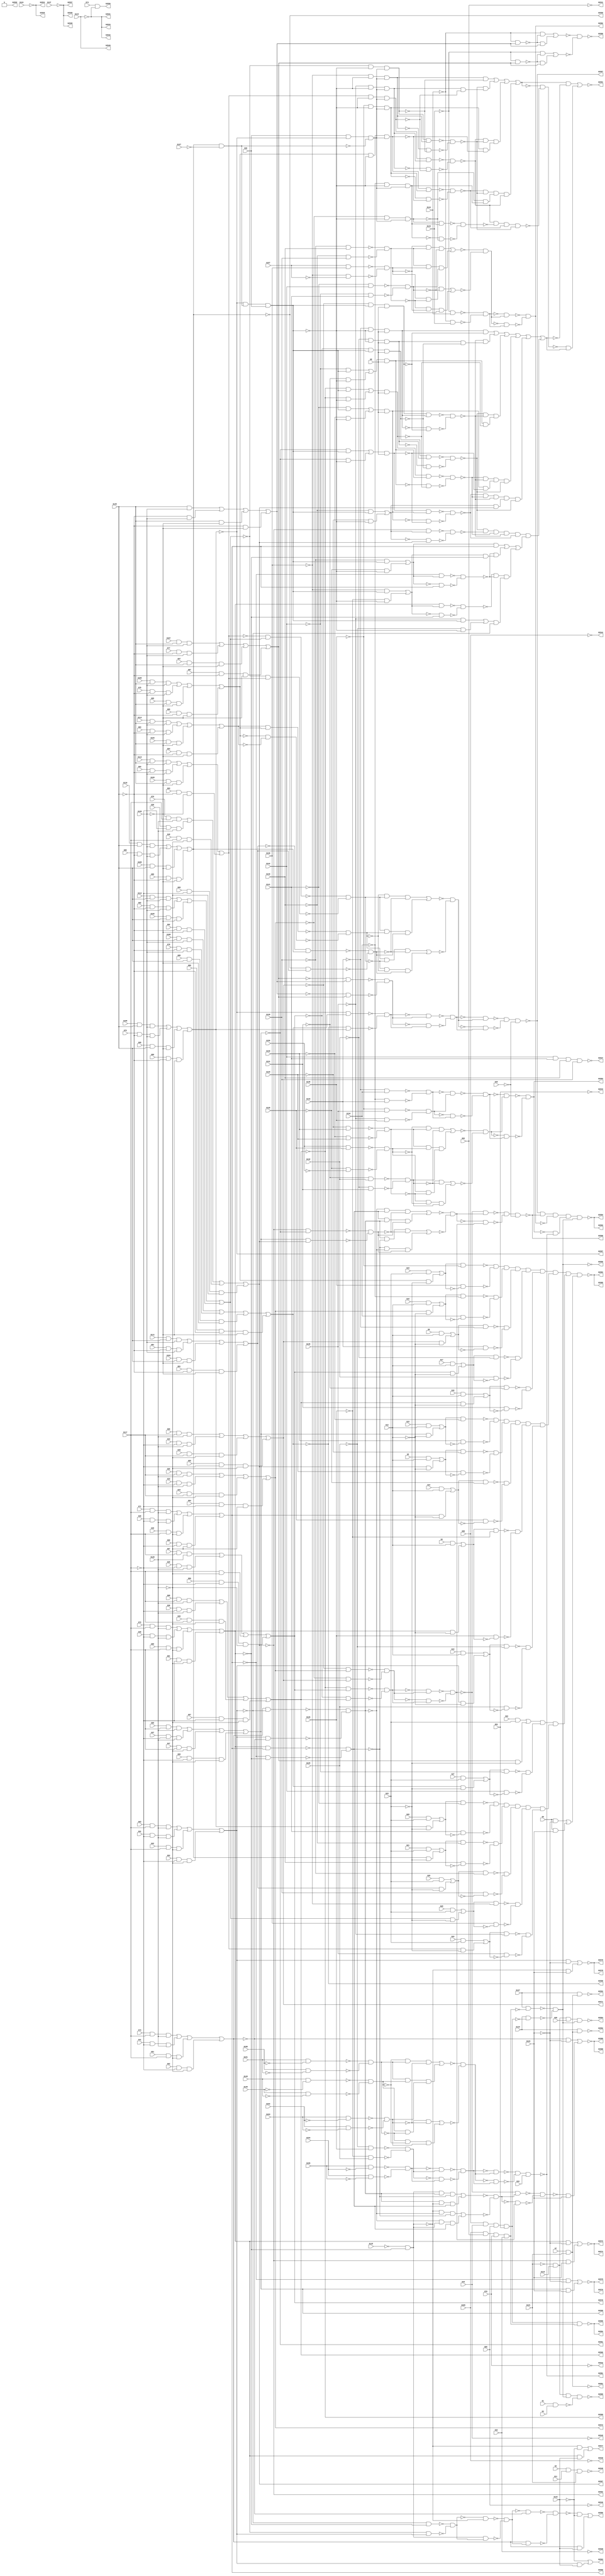
module c2670(G1,G10,G100,G101,G102,G103,G104,G105,G106,G107,G108,G109,G11,
  G110,G111,G112,G113,G114,G115,G116,G117,G118,G119,G12,G120,G121,G122,G123,
  G124,G125,G126,G127,G128,G129,G13,G130,G131,G132,G133,G134,G135,G136,G137,
  G138,G139,G14,G140,G141,G142,G143,G144,G145,G146,G147,G148,G149,G15,G150,
  G151,G152,G153,G154,G155,G156,G157,G16,G17,G18,G19,G2,G20,G21,G22,G23,G24,
  G25,G2531,G2532,G2533,G2534,G2535,G2536,G2537,G2538,G2539,G2540,G2541,G2542,
  G2543,G2544,G2545,G2546,G2547,G2548,G2549,G2550,G2551,G2552,G2553,G2554,
  G2555,G2556,G2557,G2558,G2559,G2560,G2561,G2562,G2563,G2564,G2565,G2566,
  G2567,G2568,G2569,G2570,G2571,G2572,G2573,G2574,G2575,G2576,G2577,G2578,
  G2579,G2580,G2581,G2582,G2583,G2584,G2585,G2586,G2587,G2588,G2589,G2590,
  G2591,G2592,G2593,G2594,G26,G27,G28,G29,G3,G30,G31,G32,G33,G34,G35,G36,G37,
  G38,G39,G4,G40,G41,G42,G43,G44,G45,G46,G47,G48,G49,G5,G50,G51,G52,G53,G54,
  G55,G56,G57,G58,G59,G6,G60,G61,G62,G63,G64,G65,G66,G67,G68,G69,G7,G70,G71,
  G72,G73,G74,G75,G76,G77,G78,G79,G8,G80,G81,G82,G83,G84,G85,G86,G87,G88,G89,
  G9,G90,G91,G92,G93,G94,G95,G96,G97,G98,G99);
input G1,G2,G3,G4,G5,G6,G7,G8,G9,G10,G11,G12,G13,G14,G15,G16,G17,G18,G19,G20,
  G21,G22,G23,G24,G25,G26,G27,G28,G29,G30,G31,G32,G33,G34,G35,G36,G37,G38,G39,
  G40,G41,G42,G43,G44,G45,G46,G47,G48,G49,G50,G51,G52,G53,G54,G55,G56,G57,G58,
  G59,G60,G61,G62,G63,G64,G65,G66,G67,G68,G69,G70,G71,G72,G73,G74,G75,G76,G77,
  G78,G79,G80,G81,G82,G83,G84,G85,G86,G87,G88,G89,G90,G91,G92,G93,G94,G95,G96,
  G97,G98,G99,G100,G101,G102,G103,G104,G105,G106,G107,G108,G109,G110,G111,G112,
  G113,G114,G115,G116,G117,G118,G119,G120,G121,G122,G123,G124,G125,G126,G127,
  G128,G129,G130,G131,G132,G133,G134,G135,G136,G137,G138,G139,G140,G141,G142,
  G143,G144,G145,G146,G147,G148,G149,G150,G151,G152,G153,G154,G155,G156,G157;
output G2531,G2532,G2533,G2534,G2535,G2536,G2537,G2538,G2539,G2540,G2541,G2542,
  G2543,G2544,G2545,G2546,G2547,G2548,G2549,G2550,G2551,G2552,G2553,G2554,
  G2555,G2556,G2557,G2558,G2559,G2560,G2561,G2562,G2563,G2564,G2565,G2566,
  G2567,G2568,G2569,G2570,G2571,G2572,G2573,G2574,G2575,G2576,G2577,G2578,
  G2579,G2580,G2581,G2582,G2583,G2584,G2585,G2586,G2587,G2588,G2589,G2590,
  G2591,G2592,G2593,G2594;

  wire G282,G283,G284,G285,G286,G287,G288,G291,G292,G295,G298,G301,G313,G325,
    G329,G335,G336,G339,G342,G354,G366,G370,G374,G386,G398,G399,G400,G401,G402,
    G403,G404,G405,G417,G429,G435,G442,G443,G447,G451,G455,G459,G463,G467,G471,
    G475,G479,G485,G491,G497,G503,G507,G511,G515,G519,G522,G525,G526,G527,G530,
    G533,G536,G539,G542,G545,G548,G551,G554,G557,G560,G563,G566,G569,G572,G575,
    G578,G581,G584,G585,G586,G587,G588,G589,G590,G591,G592,G593,G594,G595,G598,
    G603,G614,G625,G626,G627,G628,G629,G630,G631,G636,G647,G658,G659,G660,G661,
    G662,G663,G674,G685,G686,G687,G688,G689,G690,G694,G698,G701,G702,G703,G704,
    G705,G706,G707,G718,G729,G730,G731,G732,G733,G734,G739,G745,G746,G747,G748,
    G749,G750,G751,G756,G761,G766,G771,G772,G773,G774,G775,G776,G777,G780,G783,
    G786,G789,G792,G795,G798,G801,G804,G807,G810,G811,G812,G815,G818,G821,G824,
    G827,G830,G831,G832,G833,G834,G835,G836,G837,G838,G839,G840,G841,G842,G843,
    G844,G845,G846,G847,G848,G849,G850,G851,G852,G853,G854,G855,G856,G857,G858,
    G859,G860,G861,G862,G863,G864,G865,G866,G867,G868,G869,G870,G871,G872,G873,
    G874,G875,G876,G877,G878,G879,G880,G881,G882,G883,G884,G885,G886,G887,G888,
    G889,G890,G891,G892,G893,G894,G895,G896,G897,G898,G901,G904,G908,G912,G915,
    G918,G921,G922,G923,G924,G925,G926,G927,G928,G929,G930,G931,G932,G933,G934,
    G935,G936,G937,G938,G939,G940,G941,G942,G943,G944,G945,G946,G947,G948,G949,
    G950,G951,G952,G953,G954,G955,G959,G963,G966,G967,G968,G969,G970,G971,G972,
    G973,G974,G975,G976,G977,G978,G979,G980,G983,G984,G987,G990,G993,G998,
    G1002,G1008,G1014,G1017,G1021,G1026,G1030,G1033,G1036,G1039,G1044,G1049,
    G1053,G1058,G1062,G1067,G1072,G1076,G1079,G1082,G1085,G1088,G1089,G1090,
    G1093,G1096,G1097,G1098,G1101,G1104,G1107,G1110,G1111,G1112,G1113,G1114,
    G1115,G1116,G1117,G1118,G1119,G1120,G1123,G1126,G1127,G1128,G1129,G1132,
    G1137,G1144,G1148,G1152,G1159,G1166,G1171,G1176,G1181,G1184,G1187,G1190,
    G1193,G1196,G1197,G1198,G1199,G1200,G1201,G1202,G1203,G1204,G1205,G1206,
    G1207,G1208,G1209,G1210,G1211,G1212,G1213,G1214,G1215,G1216,G1219,G1220,
    G1221,G1222,G1225,G1228,G1231,G1234,G1237,G1240,G1243,G1246,G1249,G1250,
    G1251,G1252,G1253,G1254,G1255,G1256,G1257,G1258,G1259,G1260,G1263,G1266,
    G1269,G1272,G1275,G1278,G1281,G1284,G1287,G1290,G1293,G1296,G1299,G1302,
    G1305,G1308,G1311,G1314,G1320,G1321,G1326,G1327,G1328,G1329,G1336,G1342,
    G1345,G1348,G1351,G1354,G1355,G1356,G1357,G1358,G1359,G1360,G1361,G1362,
    G1363,G1364,G1365,G1366,G1367,G1368,G1371,G1374,G1377,G1380,G1383,G1384,
    G1387,G1390,G1393,G1396,G1399,G1402,G1405,G1406,G1407,G1408,G1409,G1412,
    G1415,G1418,G1421,G1424,G1425,G1426,G1427,G1428,G1429,G1430,G1431,G1432,
    G1433,G1434,G1435,G1436,G1437,G1438,G1439,G1440,G1441,G1442,G1443,G1444,
    G1445,G1446,G1447,G1448,G1449,G1450,G1451,G1452,G1453,G1454,G1455,G1456,
    G1457,G1458,G1459,G1460,G1461,G1462,G1463,G1464,G1465,G1466,G1467,G1468,
    G1469,G1470,G1471,G1472,G1475,G1476,G1477,G1478,G1479,G1483,G1484,G1485,
    G1486,G1487,G1488,G1493,G1497,G1498,G1502,G1507,G1508,G1509,G1510,G1511,
    G1512,G1513,G1514,G1515,G1516,G1517,G1518,G1519,G1520,G1524,G1528,G1531,
    G1532,G1533,G1534,G1535,G1536,G1537,G1540,G1543,G1546,G1549,G1552,G1555,
    G1556,G1557,G1560,G1563,G1566,G1569,G1572,G1575,G1578,G1581,G1584,G1587,
    G1590,G1593,G1596,G1599,G1600,G1601,G1602,G1603,G1606,G1607,G1610,G1613,
    G1616,G1619,G1620,G1621,G1622,G1623,G1624,G1625,G1626,G1627,G1628,G1629,
    G1630,G1631,G1632,G1633,G1634,G1635,G1636,G1640,G1641,G1642,G1643,G1644,
    G1645,G1646,G1650,G1651,G1652,G1653,G1654,G1657,G1661,G1662,G1663,G1664,
    G1665,G1666,G1667,G1668,G1669,G1670,G1675,G1676,G1681,G1682,G1683,G1684,
    G1688,G1689,G1690,G1691,G1692,G1693,G1694,G1695,G1696,G1697,G1698,G1699,
    G1700,G1701,G1702,G1703,G1704,G1705,G1706,G1709,G1712,G1715,G1718,G1719,
    G1720,G1721,G1722,G1723,G1724,G1725,G1726,G1727,G1728,G1731,G1732,G1733,
    G1734,G1735,G1736,G1737,G1738,G1739,G1744,G1749,G1750,G1751,G1752,G1753,
    G1754,G1755,G1756,G1761,G1766,G1767,G1768,G1769,G1770,G1771,G1772,G1773,
    G1774,G1775,G1776,G1777,G1778,G1779,G1780,G1781,G1782,G1785,G1789,G1792,
    G1795,G1798,G1799,G1800,G1801,G1802,G1805,G1811,G1814,G1815,G1816,G1822,
    G1823,G1824,G1825,G1826,G1829,G1835,G1840,G1846,G1851,G1854,G1857,G1858,
    G1859,G1862,G1865,G1868,G1869,G1870,G1871,G1872,G1873,G1874,G1875,G1876,
    G1877,G1878,G1879,G1880,G1881,G1882,G1883,G1884,G1887,G1888,G1889,G1890,
    G1893,G1896,G1899,G1902,G1903,G1904,G1907,G1910,G1913,G1916,G1919,G1922,
    G1925,G1926,G1927,G1928,G1931,G1934,G1937,G1940,G1943,G1946,G1947,G1948,
    G1953,G1954,G1955,G1956,G1961,G1962,G1963,G1964,G1965,G1966,G1967,G1970,
    G1971,G1972,G1973,G1974,G1975,G1976,G1977,G1978,G1981,G1982,G1983,G1984,
    G1985,G1986,G1987,G1988,G1989,G1990,G1991,G1992,G1993,G1996,G1999,G2002,
    G2005,G2008,G2011,G2014,G2017,G2020,G2023,G2026,G2029,G2032,G2035,G2038,
    G2041,G2044,G2045,G2046,G2047,G2048,G2051,G2052,G2053,G2054,G2055,G2056,
    G2057,G2058,G2059,G2060,G2061,G2062,G2063,G2064,G2065,G2066,G2067,G2068,
    G2069,G2070,G2071,G2072,G2073,G2076,G2079,G2082,G2085,G2088,G2091,G2094,
    G2097,G2100,G2103,G2106,G2109,G2112,G2115,G2116,G2117,G2118,G2119,G2120,
    G2121,G2122,G2123,G2124,G2125,G2126,G2127,G2128,G2129,G2130,G2131,G2132,
    G2133,G2134,G2135,G2138,G2141,G2144,G2147,G2150,G2153,G2154,G2155,G2156,
    G2157,G2158,G2161,G2164,G2167,G2170,G2173,G2176,G2179,G2182,G2185,G2188,
    G2191,G2194,G2197,G2200,G2203,G2206,G2207,G2208,G2209,G2210,G2211,G2212,
    G2213,G2214,G2215,G2216,G2217,G2218,G2219,G2220,G2221,G2222,G2223,G2224,
    G2225,G2226,G2227,G2228,G2231,G2234,G2237,G2240,G2241,G2242,G2243,G2244,
    G2245,G2246,G2247,G2248,G2249,G2250,G2251,G2252,G2253,G2254,G2255,G2256,
    G2257,G2258,G2259,G2260,G2261,G2262,G2263,G2264,G2265,G2266,G2267,G2268,
    G2269,G2270,G2271,G2272,G2273,G2274,G2275,G2276,G2279,G2282,G2285,G2288,
    G2291,G2294,G2297,G2300,G2301,G2302,G2303,G2304,G2305,G2306,G2307,G2308,
    G2309,G2310,G2311,G2312,G2313,G2314,G2315,G2316,G2317,G2320,G2323,G2326,
    G2329,G2330,G2331,G2332,G2333,G2334,G2335,G2336,G2337,G2340,G2345,G2349,
    G2352,G2353,G2359,G2364,G2365,G2366,G2367,G2368,G2369,G2370,G2375,G2379,
    G2382,G2383,G2389,G2394,G2395,G2396,G2397,G2398,G2399,G2400,G2401,G2402,
    G2403,G2404,G2405,G2406,G2407,G2408,G2409,G2410,G2411,G2412,G2413,G2414,
    G2417,G2418,G2419,G2420,G2421,G2422,G2423,G2424,G2425,G2426,G2427,G2428,
    G2431,G2432,G2433,G2434,G2435,G2436,G2437,G2438,G2439,G2440,G2441,G2442,
    G2443,G2447,G2450,G2451,G2454,G2458,G2461,G2462,G2465,G2466,G2467,G2470,
    G2473,G2474,G2475,G2476,G2477,G2478,G2479,G2480,G2481,G2482,G2483,G2484,
    G2485,G2486,G2487,G2488,G2489,G2490,G2491,G2492,G2495,G2496,G2499,G2500,
    G2501,G2502,G2503,G2504,G2505,G2508,G2512,G2515,G2516,G2517,G2520,G2523,
    G2524,G2527,G2528;

  and (G282,G1,G3);
  not (G283,G118);
  not (G284,G127);
  and (G285,G142,G141,G140,G139);
  not (G286,G282);
  and (G287,G2,G11,G121);
  not (G288,G121);
  and (G291,G29,G29);
  not (G292,G115);
  not (G295,G8);
  not (G298,G8);
  not (G301,G117);
  not (G313,G120);
  not (G325,G122);
  not (G329,G123);
  and (G335,G9,G123);
  and (G336,G106,G64,G76,G32);
  and (G339,G96,G43,G86,G53);
  not (G342,G117);
  not (G354,G120);
  not (G366,G125);
  not (G370,G126);
  not (G374,G145);
  not (G386,G146);
  not (G398,G148);
  not (G399,G149);
  not (G400,G150);
  not (G401,G151);
  not (G402,G152);
  not (G403,G153);
  not (G404,G156);
  not (G405,G145);
  not (G417,G146);
  not (G429,G12);
  not (G435,G12);
  not (G442,G157);
  and (G443,G7,G121);
  not (G447,G128);
  not (G451,G129);
  not (G455,G130);
  not (G459,G131);
  not (G463,G132);
  not (G467,G133);
  not (G471,G134);
  not (G475,G135);
  not (G479,G136);
  not (G485,G23);
  not (G491,G23);
  not (G497,G138);
  not (G503,G139);
  not (G507,G140);
  not (G511,G141);
  not (G515,G142);
  not (G519,G143);
  not (G522,G144);
  not (G525,G154);
  not (G526,G155);
  not (G527,G126);
  not (G530,G125);
  not (G533,G128);
  not (G536,G130);
  not (G539,G129);
  not (G542,G132);
  not (G545,G131);
  not (G548,G134);
  not (G551,G133);
  not (G554,G136);
  not (G557,G135);
  not (G560,G138);
  not (G563,G140);
  not (G566,G139);
  not (G569,G142);
  not (G572,G141);
  not (G575,G144);
  not (G578,G143);
  not (G581,G291);
  nand (G584,G149,G398);
  nand (G585,G148,G399);
  nand (G586,G151,G400);
  nand (G587,G150,G401);
  nand (G588,G153,G402);
  nand (G589,G152,G403);
  nand (G590,G155,G525);
  nand (G591,G154,G526);
  and (G592,G147,G443);
  not (G593,G336);
  not (G594,G339);
  and (G595,G339,G336);
  not (G598,G295);
  not (G603,G301);
  not (G614,G313);
  and (G625,G62,G301,G313);
  and (G626,G52,G301,G313);
  and (G627,G61,G301,G313);
  and (G628,G60,G301,G313);
  and (G629,G59,G301,G313);
  and (G630,G9,G329);
  not (G631,G295);
  not (G636,G342);
  not (G647,G354);
  and (G658,G58,G342,G354);
  and (G659,G57,G342,G354);
  and (G660,G56,G342,G354);
  and (G661,G55,G342,G354);
  and (G662,G54,G342,G354);
  not (G663,G374);
  not (G674,G386);
  and (G685,G90,G374,G386);
  and (G686,G89,G374,G386);
  and (G687,G88,G374,G386);
  and (G688,G87,G374,G386);
  and (G689,G374,G386);
  nand (G690,G584,G585);
  nand (G694,G586,G587);
  nand (G698,G588,G589);
  not (G701,G533);
  nand (G702,G533,G404);
  not (G703,G536);
  not (G704,G539);
  not (G705,G542);
  not (G706,G545);
  not (G707,G405);
  not (G718,G417);
  and (G729,G94,G405,G417);
  and (G730,G85,G405,G417);
  and (G731,G93,G405,G417);
  and (G732,G92,G405,G417);
  and (G733,G91,G405,G417);
  not (G734,G429);
  not (G739,G435);
  not (G745,G560);
  nand (G746,G560,G442);
  not (G747,G563);
  not (G748,G566);
  not (G749,G569);
  not (G750,G572);
  not (G751,G298);
  not (G756,G298);
  not (G761,G485);
  not (G766,G491);
  not (G771,G527);
  not (G772,G530);
  not (G773,G548);
  not (G774,G551);
  not (G775,G554);
  not (G776,G557);
  nand (G777,G590,G591);
  not (G780,G366);
  not (G783,G370);
  not (G786,G447);
  not (G789,G451);
  not (G792,G455);
  not (G795,G459);
  not (G798,G463);
  not (G801,G467);
  not (G804,G471);
  not (G807,G475);
  not (G810,G575);
  not (G811,G578);
  not (G812,G479);
  not (G815,G497);
  not (G818,G503);
  not (G821,G507);
  not (G824,G511);
  not (G827,G515);
  and (G830,G147,G593);
  and (G831,G119,G594);
  or (G832,G630,G335);
  nand (G833,G156,G701);
  nand (G834,G539,G703);
  nand (G835,G536,G704);
  nand (G836,G545,G705);
  nand (G837,G542,G706);
  nand (G838,G157,G745);
  nand (G839,G566,G747);
  nand (G840,G563,G748);
  nand (G841,G572,G749);
  nand (G842,G569,G750);
  nand (G843,G530,G771);
  nand (G844,G527,G772);
  nand (G845,G551,G773);
  nand (G846,G548,G774);
  nand (G847,G557,G775);
  nand (G848,G554,G776);
  nand (G849,G578,G810);
  nand (G850,G575,G811);
  not (G851,G830);
  not (G852,G831);
  and (G853,G73,G603,G614);
  and (G854,G41,G301,G614);
  and (G855,G51,G603,G313);
  and (G856,G63,G603,G614);
  and (G857,G31,G301,G614);
  and (G858,G42,G603,G313);
  and (G859,G72,G603,G614);
  and (G860,G40,G301,G614);
  and (G861,G50,G603,G313);
  and (G862,G71,G603,G614);
  and (G863,G39,G301,G614);
  and (G864,G49,G603,G313);
  and (G865,G70,G603,G614);
  and (G866,G38,G301,G614);
  and (G867,G48,G603,G313);
  and (G868,G69,G636,G647);
  and (G869,G37,G342,G647);
  and (G870,G47,G636,G354);
  and (G871,G68,G636,G647);
  and (G872,G36,G342,G647);
  and (G873,G46,G636,G354);
  and (G874,G67,G636,G647);
  and (G875,G35,G342,G647);
  and (G876,G636,G354);
  and (G877,G66,G636,G647);
  and (G878,G34,G342,G647);
  and (G879,G45,G636,G354);
  and (G880,G65,G636,G647);
  and (G881,G33,G342,G647);
  and (G882,G44,G636,G354);
  and (G883,G110,G663,G674);
  and (G884,G80,G374,G674);
  and (G885,G100,G663,G386);
  and (G886,G109,G663,G674);
  and (G887,G79,G374,G674);
  and (G888,G99,G663,G386);
  and (G889,G108,G663,G674);
  and (G890,G78,G374,G674);
  and (G891,G98,G663,G386);
  and (G892,G107,G663,G674);
  and (G893,G77,G374,G674);
  and (G894,G97,G663,G386);
  and (G895,G663,G674);
  and (G896,G374,G674);
  and (G897,G663,G386);
  not (G898,G690);
  not (G901,G694);
  nand (G904,G833,G702);
  nand (G908,G834,G835);
  nand (G912,G836,G837);
  not (G915,G698);
  not (G918,G698);
  not (G921,G780);
  not (G922,G783);
  not (G923,G786);
  not (G924,G789);
  not (G925,G792);
  not (G926,G795);
  not (G927,G798);
  not (G928,G801);
  not (G929,G804);
  not (G930,G807);
  and (G931,G114,G707,G718);
  and (G932,G84,G405,G718);
  and (G933,G104,G707,G417);
  and (G934,G105,G707,G718);
  and (G935,G75,G405,G718);
  and (G936,G95,G707,G417);
  and (G937,G113,G707,G718);
  and (G938,G83,G405,G718);
  and (G939,G103,G707,G417);
  and (G940,G112,G707,G718);
  and (G941,G82,G405,G718);
  and (G942,G102,G707,G417);
  and (G943,G111,G707,G718);
  and (G944,G81,G405,G718);
  and (G945,G101,G707,G417);
  and (G946,G13,G734);
  and (G947,G4,G734);
  and (G948,G14,G734);
  and (G949,G5,G734);
  and (G950,G15,G739);
  and (G951,G16,G739);
  and (G952,G17,G739);
  and (G953,G6,G739);
  and (G954,G18,G739);
  nand (G955,G838,G746);
  nand (G959,G839,G840);
  nand (G963,G841,G842);
  and (G966,G19,G761);
  and (G967,G24,G761);
  and (G968,G20,G761);
  and (G969,G25,G761);
  and (G970,G21,G766);
  and (G971,G26,G766);
  and (G972,G27,G766);
  and (G973,G22,G766);
  not (G974,G812);
  not (G975,G815);
  not (G976,G818);
  not (G977,G821);
  not (G978,G824);
  not (G979,G827);
  nand (G980,G843,G844);
  not (G983,G777);
  nand (G984,G847,G848);
  nand (G987,G845,G846);
  nand (G990,G849,G850);
  and (G993,G851,G852);
  or (G998,G853,G854,G855,G625);
  or (G1002,G856,G857,G858,G626);
  or (G1008,G859,G860,G861,G627);
  or (G1014,G862,G863,G864,G628);
  or (G1017,G865,G866,G867,G629);
  or (G1021,G868,G869,G870,G658);
  or (G1026,G871,G872,G873,G659);
  or (G1030,G874,G875,G876,G660);
  or (G1033,G877,G878,G879,G661);
  or (G1036,G880,G881,G882,G662);
  or (G1039,G883,G884,G885,G685);
  or (G1044,G886,G887,G888,G686);
  or (G1049,G889,G890,G891,G687);
  or (G1053,G892,G893,G894,G688);
  or (G1058,G895,G896,G897,G689);
  or (G1062,G934,G935,G936,G730);
  or (G1067,G937,G938,G939,G731);
  or (G1072,G940,G941,G942,G732);
  or (G1076,G943,G944,G945,G733);
  or (G1079,G931,G932,G933,G729);
  not (G1082,G904);
  not (G1085,G908);
  not (G1088,G915);
  not (G1089,G918);
  not (G1090,G912);
  not (G1093,G912);
  and (G1096,G694,G690,G915);
  and (G1097,G901,G898,G918);
  not (G1098,G955);
  not (G1101,G959);
  not (G1104,G963);
  not (G1107,G963);
  not (G1110,G990);
  not (G1111,G980);
  nand (G1112,G980,G983);
  not (G1113,G984);
  not (G1114,G987);
  and (G1115,G998,G122);
  and (G1116,G1008,G122);
  and (G1117,G1002,G122);
  and (G1118,G288,G116,G28,G993);
  and (G1119,G288,G116,G993,G286);
  not (G1120,G998);
  not (G1123,G1008);
  and (G1126,G1002,G329);
  and (G1127,G1008,G329);
  and (G1128,G1021,G123);
  not (G1129,G998);
  not (G1132,G1002);
  not (G1137,G1008);
  not (G1144,G1014);
  not (G1148,G1017);
  not (G1152,G1021);
  not (G1159,G1026);
  not (G1166,G1030);
  not (G1171,G1033);
  not (G1176,G1036);
  nand (G1181,G519,G1053);
  nand (G1184,G522,G1058);
  not (G1187,G1072);
  and (G1190,G1039,G284);
  not (G1193,G1044);
  and (G1196,G898,G694,G1088);
  and (G1197,G690,G901,G1089);
  and (G1198,G1002,G429);
  and (G1199,G1008,G429);
  and (G1200,G1014,G429);
  and (G1201,G1017,G429);
  and (G1202,G1021,G435);
  and (G1203,G1026,G435);
  and (G1204,G1030,G435);
  and (G1205,G1033,G435);
  and (G1206,G1036,G435);
  not (G1207,G1079);
  and (G1208,G1062,G485);
  and (G1209,G1067,G485);
  and (G1210,G1072,G485);
  and (G1211,G1076,G485);
  and (G1212,G1039,G491);
  and (G1213,G1044,G491);
  and (G1214,G1049,G491);
  and (G1215,G1053,G491);
  not (G1216,G1002);
  nand (G1219,G777,G1111);
  nand (G1220,G987,G1113);
  nand (G1221,G984,G1114);
  not (G1222,G1062);
  not (G1225,G1072);
  not (G1228,G1067);
  not (G1231,G1039);
  not (G1234,G1076);
  not (G1237,G1049);
  not (G1240,G1044);
  not (G1243,G1058);
  not (G1246,G1053);
  not (G1249,G1090);
  not (G1250,G1093);
  nor (G1251,G1196,G1096);
  nor (G1252,G1197,G1097);
  and (G1253,G908,G904,G1090);
  and (G1254,G1085,G1082,G1093);
  or (G1255,G973,G1215);
  not (G1256,G1104);
  not (G1257,G1107);
  and (G1258,G959,G955,G1104);
  and (G1259,G1101,G1098,G1107);
  nand (G1260,G1219,G1112);
  nand (G1263,G1220,G1221);
  or (G1266,G946,G1198);
  or (G1269,G947,G1199);
  or (G1272,G948,G1200);
  or (G1275,G949,G1201);
  or (G1278,G950,G1202);
  or (G1281,G951,G1203);
  or (G1284,G952,G1204);
  or (G1287,G953,G1205);
  or (G1290,G954,G1206);
  or (G1293,G966,G1208);
  or (G1296,G967,G1209);
  or (G1299,G968,G1210);
  or (G1302,G969,G1211);
  or (G1305,G970,G1212);
  or (G1308,G971,G1213);
  or (G1311,G972,G1214);
  and (G1314,G1193,G1190,G30);
  not (G1320,G1190);
  nand (G1321,G283,G1123);
  and (G1326,G1120,G329);
  and (G1327,G1148,G123);
  and (G1328,G1144,G329);
  not (G1329,G1144);
  not (G1336,G1148);
  not (G1342,G1159);
  not (G1345,G1166);
  not (G1348,G1171);
  not (G1351,G1176);
  and (G1354,G519,G1181);
  and (G1355,G1181,G1053);
  and (G1356,G522,G1184);
  and (G1357,G1184,G1058);
  and (G1358,G1082,G908,G1249);
  and (G1359,G904,G1085,G1250);
  not (G1360,G1222);
  nand (G1361,G1222,G1207);
  not (G1362,G1225);
  not (G1363,G1228);
  not (G1364,G1231);
  not (G1365,G1234);
  and (G1366,G1098,G959,G1256);
  and (G1367,G955,G1101,G1257);
  not (G1368,G1132);
  not (G1371,G1129);
  not (G1374,G1137);
  not (G1377,G1152);
  not (G1380,G1123);
  not (G1383,G1216);
  not (G1384,G1132);
  not (G1387,G1129);
  not (G1390,G1137);
  not (G1393,G1120);
  not (G1396,G1137);
  not (G1399,G1137);
  nand (G1402,G1252,G1251);
  not (G1405,G1237);
  not (G1406,G1240);
  not (G1407,G1243);
  not (G1408,G1246);
  and (G1409,G30,G1193,G1320);
  or (G1412,G1127,G1327);
  or (G1415,G1328,G1128);
  or (G1418,G1354,G1355);
  or (G1421,G1356,G1357);
  nor (G1424,G1358,G1253);
  nor (G1425,G1359,G1254);
  not (G1426,G1260);
  not (G1427,G1263);
  nand (G1428,G1266,G921);
  not (G1429,G1266);
  nand (G1430,G1269,G922);
  not (G1431,G1269);
  nand (G1432,G1272,G923);
  not (G1433,G1272);
  nand (G1434,G1275,G924);
  not (G1435,G1275);
  nand (G1436,G1278,G925);
  not (G1437,G1278);
  nand (G1438,G1281,G926);
  not (G1439,G1281);
  nand (G1440,G1284,G927);
  not (G1441,G1284);
  nand (G1442,G1287,G928);
  not (G1443,G1287);
  nand (G1444,G1290,G929);
  not (G1445,G1290);
  nand (G1446,G1293,G930);
  not (G1447,G1293);
  nand (G1448,G1079,G1360);
  nand (G1449,G1228,G1362);
  nand (G1450,G1225,G1363);
  nand (G1451,G1234,G1364);
  nand (G1452,G1231,G1365);
  nor (G1453,G1366,G1258);
  nor (G1454,G1367,G1259);
  nand (G1455,G1296,G974);
  not (G1456,G1296);
  nand (G1457,G1299,G975);
  not (G1458,G1299);
  nand (G1459,G1302,G976);
  not (G1460,G1302);
  nand (G1461,G1305,G977);
  not (G1462,G1305);
  nand (G1463,G1308,G978);
  not (G1464,G1308);
  nand (G1465,G1311,G979);
  not (G1466,G1311);
  nand (G1467,G1240,G1405);
  nand (G1468,G1237,G1406);
  nand (G1469,G1246,G1407);
  nand (G1470,G1243,G1408);
  and (G1471,G1321,G325);
  not (G1472,G1314);
  not (G1475,G1368);
  not (G1476,G1371);
  not (G1477,G1374);
  not (G1478,G1377);
  not (G1479,G1321);
  not (G1483,G1384);
  not (G1484,G1387);
  not (G1485,G1390);
  not (G1486,G1393);
  not (G1487,G1396);
  not (G1488,G1314);
  not (G1493,G1314);
  and (G1497,G1321,G123);
  not (G1498,G1314);
  not (G1502,G1314);
  nand (G1507,G1402,G1426);
  not (G1508,G1399);
  not (G1509,G1402);
  nand (G1510,G780,G1429);
  nand (G1511,G783,G1431);
  nand (G1512,G786,G1433);
  nand (G1513,G789,G1435);
  nand (G1514,G792,G1437);
  nand (G1515,G795,G1439);
  nand (G1516,G798,G1441);
  nand (G1517,G801,G1443);
  nand (G1518,G804,G1445);
  nand (G1519,G807,G1447);
  nand (G1520,G1448,G1361);
  nand (G1524,G1449,G1450);
  nand (G1528,G1451,G1452);
  nand (G1531,G812,G1456);
  nand (G1532,G815,G1458);
  nand (G1533,G818,G1460);
  nand (G1534,G821,G1462);
  nand (G1535,G824,G1464);
  nand (G1536,G827,G1466);
  not (G1537,G1329);
  not (G1540,G1336);
  not (G1543,G1345);
  not (G1546,G1342);
  not (G1549,G1351);
  not (G1552,G1348);
  not (G1555,G1380);
  nand (G1556,G1380,G1383);
  not (G1557,G1329);
  not (G1560,G1345);
  not (G1563,G1342);
  not (G1566,G1351);
  not (G1569,G1348);
  not (G1572,G1321);
  not (G1575,G1329);
  not (G1578,G1336);
  not (G1581,G1329);
  not (G1584,G1336);
  nand (G1587,G1425,G1424);
  nand (G1590,G1469,G1470);
  nand (G1593,G1467,G1468);
  nand (G1596,G1454,G1453);
  nand (G1599,G1371,G1475);
  nand (G1600,G1368,G1476);
  nand (G1601,G1387,G1483);
  nand (G1602,G1384,G1484);
  or (G1603,G1126,G1497);
  nand (G1606,G1260,G1509);
  not (G1607,G1418);
  not (G1610,G1421);
  not (G1613,G1409);
  not (G1616,G1409);
  nand (G1619,G1428,G1510);
  nand (G1620,G1430,G1511);
  nand (G1621,G1432,G1512);
  nand (G1622,G1434,G1513);
  nand (G1623,G1436,G1514);
  nand (G1624,G1438,G1515);
  nand (G1625,G1440,G1516);
  nand (G1626,G1442,G1517);
  nand (G1627,G1444,G1518);
  nand (G1628,G1446,G1519);
  nand (G1629,G1455,G1531);
  nand (G1630,G1457,G1532);
  nand (G1631,G1459,G1533);
  nand (G1632,G1461,G1534);
  nand (G1633,G1463,G1535);
  nand (G1634,G1465,G1536);
  nand (G1635,G1216,G1555);
  not (G1636,G1472);
  and (G1640,G1176,G1488);
  and (G1641,G1062,G1488);
  and (G1642,G1067,G1488);
  and (G1643,G1187,G1488);
  and (G1644,G1152,G1493);
  and (G1645,G1159,G1493);
  nand (G1646,G1599,G1600);
  not (G1650,G1537);
  nand (G1651,G1537,G1477);
  nand (G1652,G1540,G1478);
  not (G1653,G1540);
  not (G1654,G1479);
  nand (G1657,G1601,G1602);
  not (G1661,G1557);
  nand (G1662,G1557,G1485);
  not (G1663,G1575);
  and (G1664,G1152,G1498);
  and (G1665,G1159,G1498);
  and (G1666,G1176,G1502);
  and (G1667,G1062,G1502);
  and (G1668,G1067,G1502);
  and (G1669,G1187,G1502);
  not (G1670,G1493);
  not (G1675,G1578);
  not (G1676,G1498);
  nand (G1681,G1606,G1507);
  not (G1682,G1581);
  not (G1683,G1584);
  not (G1684,G1472);
  not (G1688,G1587);
  nand (G1689,G1587,G1427);
  not (G1690,G1628);
  not (G1691,G1627);
  not (G1692,G1626);
  not (G1693,G1625);
  not (G1694,G1624);
  not (G1695,G1623);
  not (G1696,G1622);
  not (G1697,G1621);
  not (G1698,G1620);
  not (G1699,G1619);
  not (G1700,G1634);
  not (G1701,G1633);
  not (G1702,G1632);
  not (G1703,G1631);
  not (G1704,G1630);
  not (G1705,G1629);
  not (G1706,G1520);
  not (G1709,G1524);
  not (G1712,G1528);
  not (G1715,G1528);
  not (G1718,G1596);
  nand (G1719,G1596,G1110);
  not (G1720,G1543);
  not (G1721,G1546);
  not (G1722,G1549);
  not (G1723,G1552);
  not (G1724,G1560);
  not (G1725,G1563);
  not (G1726,G1566);
  not (G1727,G1569);
  nand (G1728,G1635,G1556);
  not (G1731,G1572);
  not (G1732,G1590);
  not (G1733,G1593);
  and (G1734,G1421,G1610);
  and (G1735,G1418,G1607);
  nand (G1736,G1374,G1650);
  nand (G1737,G1377,G1653);
  nand (G1738,G1390,G1661);
  not (G1739,G1613);
  not (G1744,G1613);
  not (G1749,G1681);
  nand (G1750,G1263,G1688);
  and (G1751,G1690,G1691,G1692,G1693,G1694);
  and (G1752,G1695,G1696,G1697,G1698,G1699);
  and (G1753,G1255,G1700);
  and (G1754,G1701,G1702,G1703,G1704,G1705);
  nand (G1755,G990,G1718);
  not (G1756,G1616);
  not (G1761,G1616);
  nand (G1766,G1546,G1720);
  nand (G1767,G1543,G1721);
  nand (G1768,G1552,G1722);
  nand (G1769,G1549,G1723);
  nand (G1770,G1563,G1724);
  nand (G1771,G1560,G1725);
  nand (G1772,G1569,G1726);
  nand (G1773,G1566,G1727);
  nand (G1774,G1593,G1732);
  nand (G1775,G1590,G1733);
  or (G1776,G1734,G1610);
  or (G1777,G1735,G1607);
  and (G1778,G1152,G1670);
  and (G1779,G1159,G1670);
  and (G1780,G1166,G1670);
  and (G1781,G1171,G1670);
  not (G1782,G1646);
  nand (G1785,G1736,G1651);
  nand (G1789,G1652,G1737);
  not (G1792,G1657);
  nand (G1795,G1738,G1662);
  and (G1798,G1152,G1676);
  and (G1799,G1159,G1676);
  and (G1800,G1166,G1676);
  and (G1801,G1171,G1676);
  and (G1802,G1749,G10);
  not (G1805,G1636);
  nand (G1811,G1750,G1689);
  and (G1814,G1751,G1752);
  and (G1815,G1753,G1754);
  not (G1816,G1684);
  not (G1822,G1712);
  not (G1823,G1715);
  and (G1824,G1524,G1520,G1712);
  and (G1825,G1709,G1706,G1715);
  nand (G1826,G1755,G1719);
  not (G1829,G1636);
  not (G1835,G1636);
  not (G1840,G1684);
  not (G1846,G1684);
  nand (G1851,G1768,G1769);
  nand (G1854,G1766,G1767);
  not (G1857,G1728);
  nand (G1858,G1728,G1731);
  nand (G1859,G1772,G1773);
  nand (G1862,G1770,G1771);
  nand (G1865,G1774,G1775);
  and (G1868,G1640,G1739);
  and (G1869,G1641,G1739);
  and (G1870,G1642,G1739);
  and (G1871,G1643,G1739);
  or (G1872,G1778,G1644);
  or (G1873,G1779,G1645);
  and (G1874,G1780,G598);
  and (G1875,G1781,G598);
  or (G1876,G1798,G1664);
  or (G1877,G1799,G1665);
  and (G1878,G1800,G631);
  and (G1879,G1801,G631);
  and (G1880,G1666,G1744);
  and (G1881,G1667,G1744);
  and (G1882,G1668,G1744);
  and (G1883,G1669,G1744);
  and (G1884,G1814,G1815,G832);
  and (G1887,G1706,G1524,G1822);
  and (G1888,G1520,G1709,G1823);
  nand (G1889,G1572,G1857);
  not (G1890,G1868);
  not (G1893,G1869);
  not (G1896,G1870);
  not (G1899,G1871);
  and (G1902,G1872,G598);
  and (G1903,G1873,G598);
  not (G1904,G1874);
  not (G1907,G1875);
  not (G1910,G1785);
  not (G1913,G1789);
  not (G1916,G1789);
  not (G1919,G1795);
  not (G1922,G1795);
  and (G1925,G366,G1805);
  and (G1926,G1876,G631);
  and (G1927,G1877,G631);
  not (G1928,G1878);
  not (G1931,G1879);
  not (G1934,G1880);
  not (G1937,G1881);
  not (G1940,G1882);
  not (G1943,G1883);
  not (G1946,G1802);
  and (G1947,G366,G1816);
  not (G1948,G1805);
  and (G1953,G370,G1805);
  and (G1954,G447,G1805);
  and (G1955,G451,G1805);
  not (G1956,G1816);
  and (G1961,G370,G1816);
  and (G1962,G447,G1816);
  and (G1963,G451,G1816);
  nor (G1964,G1887,G1824);
  nor (G1965,G1888,G1825);
  not (G1966,G1865);
  not (G1967,G1829);
  and (G1970,G455,G1829);
  and (G1971,G459,G1829);
  and (G1972,G463,G1829);
  and (G1973,G467,G1829);
  and (G1974,G471,G1835);
  and (G1975,G475,G1835);
  and (G1976,G479,G1835);
  and (G1977,G497,G1835);
  not (G1978,G1840);
  and (G1981,G455,G1840);
  and (G1982,G459,G1840);
  and (G1983,G463,G1840);
  and (G1984,G467,G1840);
  and (G1985,G471,G1846);
  and (G1986,G475,G1846);
  and (G1987,G479,G1846);
  and (G1988,G497,G1846);
  not (G1989,G1851);
  not (G1990,G1854);
  not (G1991,G1859);
  not (G1992,G1862);
  nand (G1993,G1858,G1889);
  not (G1996,G1902);
  not (G1999,G1903);
  not (G2002,G1926);
  not (G2005,G1927);
  and (G2008,G1972,G751);
  and (G2011,G1973,G751);
  and (G2014,G1974,G1756);
  and (G2017,G1975,G1756);
  and (G2020,G1976,G1756);
  and (G2023,G1977,G1756);
  and (G2026,G1983,G756);
  and (G2029,G1984,G756);
  and (G2032,G1985,G1761);
  and (G2035,G1986,G1761);
  and (G2038,G1987,G1761);
  and (G2041,G1988,G1761);
  nand (G2044,G1854,G1989);
  nand (G2045,G1851,G1990);
  nand (G2046,G1862,G1991);
  nand (G2047,G1859,G1992);
  nand (G2048,G1965,G1964);
  not (G2051,G1913);
  not (G2052,G1916);
  not (G2053,G1919);
  not (G2054,G1922);
  and (G2055,G1785,G1646,G1913);
  and (G2056,G1910,G1782,G1916);
  and (G2057,G1657,G1479,G1919);
  and (G2058,G1792,G1654,G1922);
  nand (G2059,G1993,G1486);
  not (G2060,G1993);
  and (G2061,G479,G1948);
  and (G2062,G479,G1956);
  and (G2063,G497,G1948);
  and (G2064,G503,G1948);
  and (G2065,G507,G1948);
  and (G2066,G497,G1956);
  and (G2067,G503,G1956);
  and (G2068,G507,G1956);
  and (G2069,G511,G1967);
  and (G2070,G515,G1967);
  and (G2071,G511,G1978);
  and (G2072,G515,G1978);
  nand (G2073,G2044,G2045);
  nand (G2076,G2046,G2047);
  not (G2079,G1899);
  not (G2082,G1896);
  not (G2085,G1893);
  not (G2088,G1890);
  not (G2091,G1907);
  not (G2094,G1904);
  not (G2097,G1943);
  not (G2100,G1940);
  not (G2103,G1937);
  not (G2106,G1934);
  not (G2109,G1931);
  not (G2112,G1928);
  and (G2115,G1782,G1785,G2051);
  and (G2116,G1646,G1910,G2052);
  and (G2117,G1654,G1657,G2053);
  and (G2118,G1479,G1792,G2054);
  nand (G2119,G1393,G2060);
  or (G2120,G2061,G1925);
  nand (G2121,G2048,G1966);
  and (G2122,G2023,G1899);
  and (G2123,G2020,G1896);
  and (G2124,G2017,G1893);
  and (G2125,G1890,G2014);
  and (G2126,G2011,G1907);
  and (G2127,G2008,G1904);
  or (G2128,G2062,G1947);
  and (G2129,G2041,G1943);
  and (G2130,G2038,G1940);
  and (G2131,G2035,G1937);
  and (G2132,G1934,G2032);
  and (G2133,G2029,G1931);
  and (G2134,G2026,G1928);
  or (G2135,G2063,G1953);
  or (G2138,G2064,G1954);
  or (G2141,G2065,G1955);
  or (G2144,G2066,G1961);
  or (G2147,G2067,G1962);
  or (G2150,G2068,G1963);
  not (G2153,G2048);
  or (G2154,G2069,G1970);
  or (G2155,G2070,G1971);
  or (G2156,G2071,G1981);
  or (G2157,G2072,G1982);
  not (G2158,G2023);
  not (G2161,G2020);
  not (G2164,G2017);
  not (G2167,G2014);
  not (G2170,G2011);
  not (G2173,G2008);
  not (G2176,G1999);
  not (G2179,G1996);
  not (G2182,G2041);
  not (G2185,G2038);
  not (G2188,G2035);
  not (G2191,G2032);
  not (G2194,G2029);
  not (G2197,G2026);
  not (G2200,G2005);
  not (G2203,G2002);
  nand (G2206,G2059,G2119);
  nor (G2207,G2115,G2055);
  nor (G2208,G2116,G2056);
  nor (G2209,G2117,G2057);
  nor (G2210,G2118,G2058);
  not (G2211,G2073);
  not (G2212,G2076);
  and (G2213,G2120,G1132);
  nand (G2214,G1865,G2153);
  not (G2215,G2079);
  not (G2216,G2082);
  not (G2217,G2085);
  not (G2218,G2088);
  not (G2219,G2091);
  not (G2220,G2094);
  and (G2221,G2128,G1132);
  not (G2222,G2097);
  not (G2223,G2100);
  not (G2224,G2103);
  not (G2225,G2106);
  not (G2226,G2109);
  not (G2227,G2112);
  and (G2228,G2154,G751);
  and (G2231,G2155,G751);
  and (G2234,G2156,G756);
  and (G2237,G2157,G756);
  and (G2240,G2206,G325);
  and (G2241,G2138,G1329);
  and (G2242,G2135,G1137);
  nand (G2243,G2214,G2121);
  not (G2244,G2158);
  nand (G2245,G2158,G2215);
  not (G2246,G2161);
  nand (G2247,G2161,G2216);
  not (G2248,G2164);
  nand (G2249,G2164,G2217);
  not (G2250,G2167);
  nand (G2251,G2167,G2218);
  not (G2252,G2170);
  nand (G2253,G2170,G2219);
  not (G2254,G2173);
  nand (G2255,G2173,G2220);
  not (G2256,G2176);
  not (G2257,G2179);
  and (G2258,G2141,G1336);
  and (G2259,G2147,G1329);
  and (G2260,G2144,G1137);
  not (G2261,G2182);
  nand (G2262,G2182,G2222);
  not (G2263,G2185);
  nand (G2264,G2185,G2223);
  not (G2265,G2188);
  nand (G2266,G2188,G2224);
  not (G2267,G2191);
  nand (G2268,G2191,G2225);
  not (G2269,G2194);
  nand (G2270,G2194,G2226);
  not (G2271,G2197);
  nand (G2272,G2197,G2227);
  not (G2273,G2200);
  not (G2274,G2203);
  and (G2275,G2150,G1336);
  nand (G2276,G2208,G2207);
  nand (G2279,G2210,G2209);
  not (G2282,G2138);
  not (G2285,G2135);
  not (G2288,G2141);
  not (G2291,G2147);
  not (G2294,G2144);
  not (G2297,G2150);
  not (G2300,G2243);
  nand (G2301,G2079,G2244);
  nand (G2302,G2082,G2246);
  nand (G2303,G2085,G2248);
  nand (G2304,G2088,G2250);
  nand (G2305,G2091,G2252);
  nand (G2306,G2094,G2254);
  and (G2307,G2231,G1999);
  and (G2308,G2228,G1996);
  nand (G2309,G2097,G2261);
  nand (G2310,G2100,G2263);
  nand (G2311,G2103,G2265);
  nand (G2312,G2106,G2267);
  nand (G2313,G2109,G2269);
  nand (G2314,G2112,G2271);
  and (G2315,G2237,G2005);
  and (G2316,G2234,G2002);
  not (G2317,G2231);
  not (G2320,G2228);
  not (G2323,G2237);
  not (G2326,G2234);
  not (G2329,G2276);
  nand (G2330,G2276,G2211);
  not (G2331,G2279);
  nand (G2332,G2279,G2212);
  not (G2333,G2282);
  nand (G2334,G2282,G1663);
  nand (G2335,G2285,G1487);
  not (G2336,G2285);
  and (G2337,G2300,G581);
  nand (G2340,G2301,G2245);
  nand (G2345,G2302,G2247);
  nand (G2349,G2303,G2249);
  nand (G2352,G2304,G2251);
  nand (G2353,G2305,G2253);
  nand (G2359,G2306,G2255);
  not (G2364,G2288);
  nand (G2365,G2288,G1675);
  not (G2366,G2291);
  nand (G2367,G2291,G1682);
  nand (G2368,G2294,G1508);
  not (G2369,G2294);
  nand (G2370,G2309,G2262);
  nand (G2375,G2310,G2264);
  nand (G2379,G2311,G2266);
  nand (G2382,G2312,G2268);
  nand (G2383,G2313,G2270);
  nand (G2389,G2314,G2272);
  not (G2394,G2297);
  nand (G2395,G2297,G1683);
  nand (G2396,G2073,G2329);
  nand (G2397,G2076,G2331);
  nand (G2398,G1575,G2333);
  nand (G2399,G1396,G2336);
  not (G2400,G2317);
  nand (G2401,G2317,G2256);
  not (G2402,G2320);
  nand (G2403,G2320,G2257);
  nand (G2404,G1578,G2364);
  nand (G2405,G1581,G2366);
  nand (G2406,G1399,G2369);
  not (G2407,G2323);
  nand (G2408,G2323,G2273);
  not (G2409,G2326);
  nand (G2410,G2326,G2274);
  nand (G2411,G1584,G2394);
  nand (G2412,G2396,G2330);
  nand (G2413,G2397,G2332);
  nand (G2414,G2398,G2334);
  nand (G2417,G2399,G2335);
  not (G2418,G2337);
  nand (G2419,G2176,G2400);
  nand (G2420,G2179,G2402);
  nand (G2421,G2404,G2365);
  and (G2422,G2345,G2352,G2349,G2340);
  and (G2423,G2340,G2123);
  and (G2424,G2345,G2340,G2124);
  and (G2425,G2349,G2340,G2125,G2345);
  and (G2426,G2353,G2127);
  and (G2427,G2359,G2353,G2307);
  nand (G2428,G2405,G2367);
  nand (G2431,G2406,G2368);
  nand (G2432,G2200,G2407);
  nand (G2433,G2203,G2409);
  nand (G2434,G2411,G2395);
  and (G2435,G2375,G2382,G2379,G2370);
  and (G2436,G2370,G2130);
  and (G2437,G2375,G2370,G2131);
  and (G2438,G2379,G2370,G2132,G2375);
  and (G2439,G2383,G2134);
  and (G2440,G2389,G2383,G2315);
  not (G2441,G2412);
  and (G2442,G2413,G123);
  nand (G2443,G2419,G2401);
  nand (G2447,G2420,G2403);
  not (G2450,G2422);
  or (G2451,G2122,G2423,G2424,G2425);
  nand (G2454,G2432,G2408);
  nand (G2458,G2433,G2410);
  not (G2461,G2435);
  or (G2462,G2129,G2436,G2437,G2438);
  and (G2465,G2414,G2242);
  and (G2466,G2417,G2414,G2213);
  or (G2467,G1326,G2442);
  and (G2470,G2441,G581);
  and (G2473,G2428,G2260);
  and (G2474,G2431,G2428,G2221);
  or (G2475,G2241,G2465,G2466);
  not (G2476,G2451);
  and (G2477,G2359,G2421,G2443,G2353,G2447);
  and (G2478,G2443,G2353,G2308,G2359);
  and (G2479,G2447,G2443,G2353,G2258,G2359);
  or (G2480,G2259,G2473,G2474);
  not (G2481,G2462);
  and (G2482,G2389,G2434,G2454,G2383,G2458);
  and (G2483,G2454,G2383,G2316,G2389);
  and (G2484,G2458,G2454,G2383,G2275,G2389);
  or (G2485,G2126,G2426,G2427,G2478,G2479);
  and (G2486,G2477,G2475);
  nand (G2487,G2476,G2450);
  not (G2488,G2470);
  or (G2489,G2133,G2439,G2440,G2483,G2484);
  and (G2490,G2482,G2480);
  nand (G2491,G2481,G2461);
  or (G2492,G2485,G2486);
  and (G2495,G2418,G2488,G1826);
  or (G2496,G2489,G2490);
  not (G2499,G2492);
  and (G2500,G2487,G2492);
  not (G2501,G2496);
  and (G2502,G2491,G2496);
  and (G2503,G2451,G2499);
  and (G2504,G2462,G2501);
  or (G2505,G2503,G2500);
  or (G2508,G2504,G2502);
  nand (G2512,G2508,G2505);
  and (G2515,G2508,G2512);
  and (G2516,G2512,G2505);
  or (G2517,G2515,G2516);
  not (G2520,G2517);
  and (G2523,G2517,G2520);
  or (G2524,G2523,G2520);
  and (G2527,G1811,G1946,G2524);
  and (G2528,G2495,G2527,G993);
  not (G2531,G115);
  not (G2532,G115);
  not (G2533,G115);
  not (G2534,G124);
  not (G2535,G124);
  not (G2536,G137);
  not (G2537,G137);
  not (G2538,G137);
  not (G2539,G32);
  not (G2540,G106);
  not (G2541,G64);
  not (G2542,G76);
  not (G2543,G53);
  not (G2544,G96);
  not (G2545,G43);
  not (G2546,G86);
  not (G2547,G285);
  not (G2548,G287);
  not (G2549,G292);
  and (G2550,G74,G292);
  not (G2551,G443);
  nand (G2552,G119,G443);
  not (G2553,G592);
  not (G2554,G595);
  not (G2555,G595);
  not (G2556,G993);
  not (G2557,G1044);
  not (G2558,G1049);
  not (G2559,G1039);
  not (G2560,G1026);
  not (G2561,G1021);
  not (G2562,G1017);
  or (G2563,G325,G1117);
  not (G2564,G1118);
  not (G2565,G1119);
  not (G2566,G1144);
  not (G2567,G1148);
  not (G2568,G1152);
  not (G2569,G1159);
  not (G2570,G1166);
  not (G2571,G1171);
  not (G2572,G1176);
  not (G2573,G1412);
  not (G2574,G1412);
  not (G2575,G1415);
  not (G2576,G1415);
  or (G2577,G1471,G1116);
  not (G2578,G1603);
  not (G2579,G1603);
  nand (G2580,G1776,G1777);
  not (G2581,G1802);
  not (G2582,G1826);
  not (G2583,G1811);
  not (G2584,G1884);
  not (G2585,G1884);
  or (G2586,G2240,G1115);
  not (G2587,G2337);
  not (G2588,G2467);
  not (G2589,G2467);
  not (G2590,G2470);
  not (G2591,G2508);
  not (G2592,G2524);
  not (G2593,G2528);
  not (G2594,G2528);

endmodule